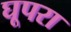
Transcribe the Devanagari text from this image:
घूपरा